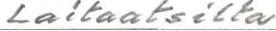
Laitaatsilta